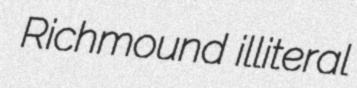
Richmound illiteral